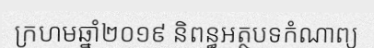
ក្រហមឆ្នាំ២០១៩ និពន្ធអត្ថបទកំណាព្យ